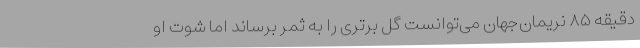
دقیقه ۸۵ نریمان‌جهان می‌توانست گل برتری را به ثمر برساند اما شوت او